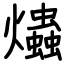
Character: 爞